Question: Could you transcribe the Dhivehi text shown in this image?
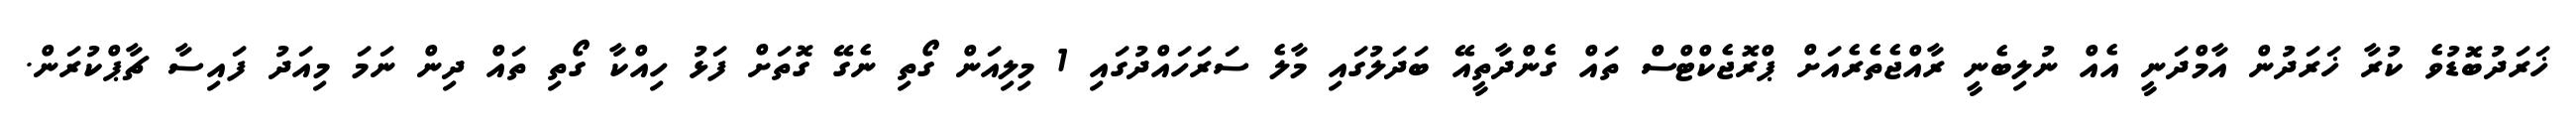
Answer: ޚަރަދުބޮޑުވެ ކުރާ ޚަރަދުން އާމްދަނީ އެއް ނުލިބެނީ ރާއްޖެތެރެއަށް ޕްރޮޖެކްޓްސް ތައް ގެންދާތީއޭ ބަދަލުގައި މާލެ ސަރަހައްދުގައި 1 މިލިއަން ގޯތި ނެގޭ ގޮތަށް ފަޅު ހިއްކާ ގޯތި ތައް ދިން ނަމަ މިއަދު ފައިސާ ޗާޕްކުރަން.